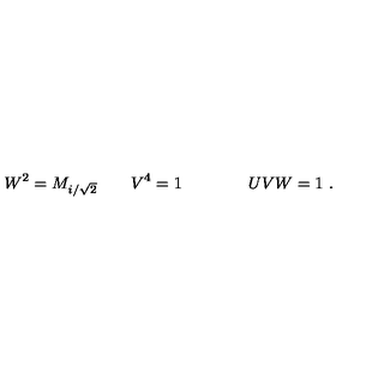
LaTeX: W ^ { 2 } = M _ { i / \sqrt 2 } \qquad V ^ { 4 } = 1 \qquad \qquad U V W = 1 \ .